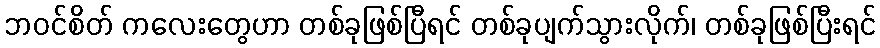
ဘဝင်စိတ် ကလေးတွေဟာ တစ်ခုဖြစ်ပြီရင် တစ်ခုပျက်သွားလိုက်၊ တစ်ခုဖြစ်ပြီးရင်